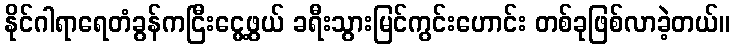
နိုင်ဂါရာရေတံခွန်ကငြီးငွေ့ဖွယ် ခရီးသွားမြင်ကွင်းဟောင်း တစ်ခုဖြစ်လာခဲ့တယ်။